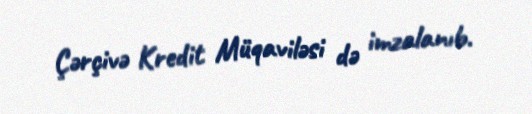
Çərçivə Kredit Müqaviləsi də imzalanıb.